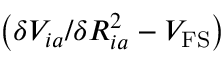
\left( \delta V _ { i a } / \delta R _ { i a } ^ { 2 } - V _ { \mathrm { F S } } \right)